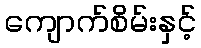
ကျောက်စိမ်းနှင့်